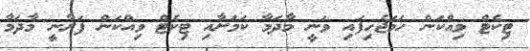
ޓިކެޓް ވިއްކަން ހަމަޖެހިފައި ވަނީ މާދަމާ ކަމަށާއި ޓިކެޓް ވިއްކަން ފަށާނީ މާދަމާ